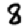
Digit: 8